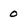
Character: 0